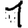
Digit: 1